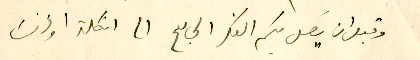
وقبل ان يَصل بكم الفكر الجامع الى انكلترا او فرنسَا